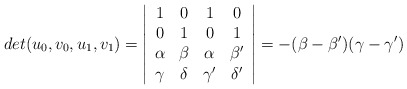
\begin{align*}det(u_0,v_0,u_1,v_1)=\left |\begin{array}{cccc}1&0&1&0\\0&1&0&1\\\alpha&\beta&\alpha&\beta'\\\gamma&\delta&\gamma'&\delta' \end{array} \right|= -(\beta-\beta')(\gamma-\gamma')\end{align*}